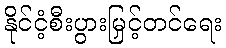
နိုင်ငံ့စီးပွားမြှင့်တင်ရေး